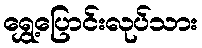
ရွှေ့ပြောင်းလုပ်သား